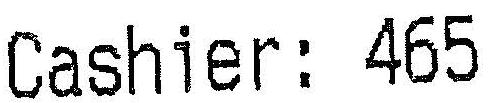
CASHIER: 465